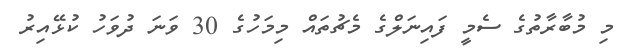
މި މުބާރާތުގެ ސެމީ ފައިނަލްގެ މެޗުތައް މިމަހުގެ 30 ވަނަ ދުވަހު ކުޅޭއިރު